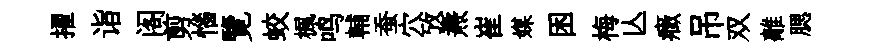
擢诣阁剪惱覽蛟楓鸣輔蚕穴攷燾崔媒困梅亾癥吊双離腮